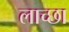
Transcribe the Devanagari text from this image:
लाच्छा